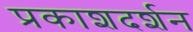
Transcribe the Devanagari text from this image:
प्रकाशदर्शन